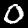
Label: 0